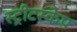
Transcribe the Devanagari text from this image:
स्ट्रीटस्केप